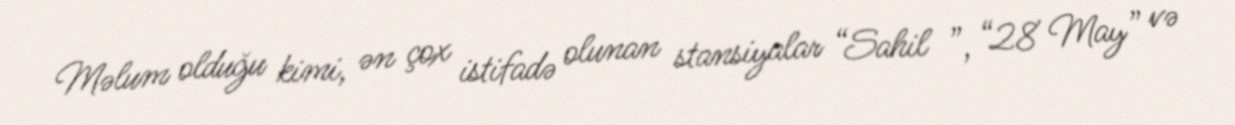
Məlum olduğu kimi, ən çox istifadə olunan stansiyalar “Sahil ”, “28 May” və